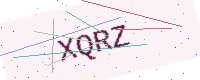
Text: XQRZ